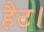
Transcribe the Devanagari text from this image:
हैट।